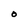
Character: O